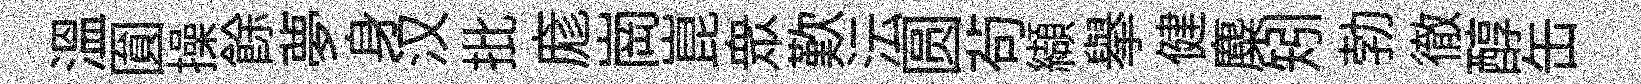
温圎操餘夢身汉批庬崗崑衆歎沄圆茍纈舉健麋矧勃徹醇缶